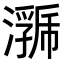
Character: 𭳄